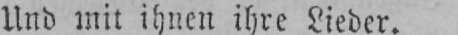
Und mit ihnen ihre Lieder.